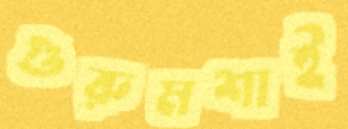
গুরুমশাই